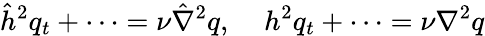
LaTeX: \hat{h}^{2}q_{t}+\cdots=\nu\hat{\nabla}^{2}q,\; \; \; \; h^{2}q_{t}+\cdots=\nu\nabla^{2}q